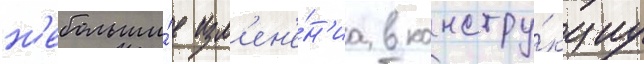
н'ебольши́е изм'ен'е́н'иа в констру́кциу